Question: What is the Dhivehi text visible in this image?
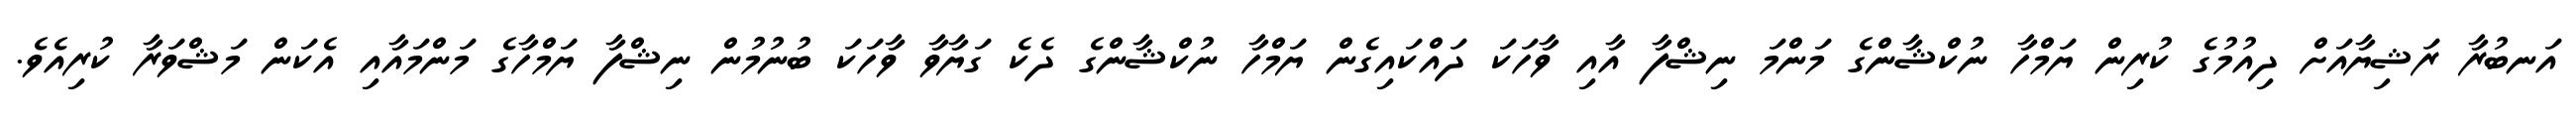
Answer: އަނބުރާ ރަޝިޔާއަށް ދިއުމުގެ ކުރިން ޔަމްހާ ނުކްޝާންގެ މަންމަ ނިޝްފާ އާއި ވާހަކަ ދައްކައިގެން ޔަމްހާ ނުކްޝާންގެ ދެކެ ގަޔާވާ ވާހަކަ ބުނުމުން ނިޝްފާ ޔަމްހާގެ މަންމައާއި އެކަން މަޝްވަރާ ކުރިއެވެ.